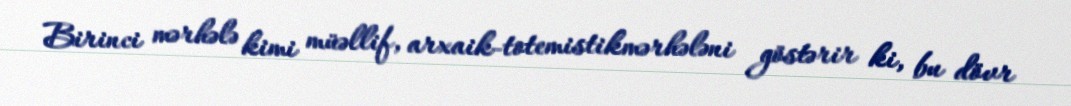
Birinci mərhələ kimi müəllif, arxaik-totemistikmərhələni göstərir ki, bu dövr